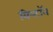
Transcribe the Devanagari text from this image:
विन्टॉन